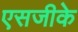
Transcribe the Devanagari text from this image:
एसजीके